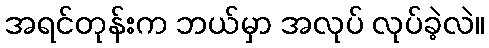
အရင်တုန်းက ဘယ်မှာ အလုပ် လုပ်ခဲ့လဲ။